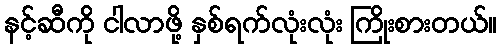
နင့်ဆီကို ငါလာဖို့ နှစ်ရက်လုံးလုံး ကြိုးစားတယ်။